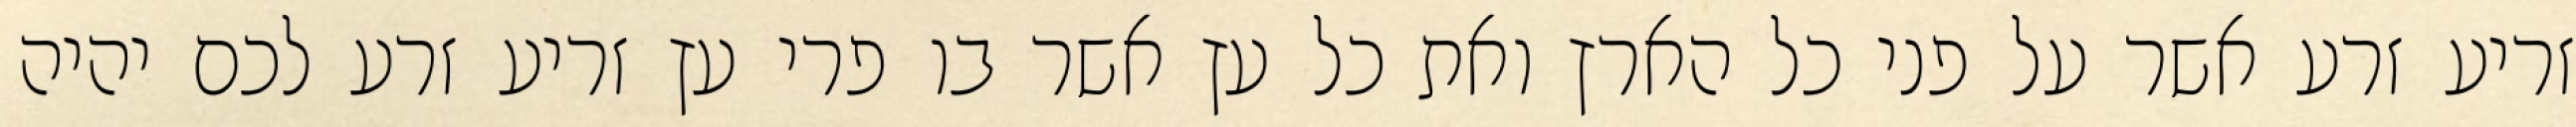
זריע זרע אשר על פני כל הארץ ואת כל עץ אשר בו פרי עץ זריע זרע לכם יהיה